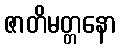
ဇာတိမတ္တနော